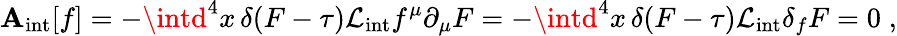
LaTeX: \mathbf{A}_{\mathrm{{int}}}[f]=-\intd^{4}x\, \delta(F-\tau)\mathcal{{L}}_{\mathrm{{int}}}f^{\mu}\partial_{\mu}F=-\intd^{4}x\, \delta(F-\tau)\mathcal{{L}}_{\mathrm{{int}}}\delta_{f}F=0\; ,